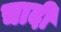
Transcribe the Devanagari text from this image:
चादीं